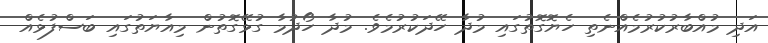
އަދި މުއްބާރުކުރުމެއްނެތި ހެޔޮގޮތުގައި މުދާ ހޭދަކުރުމެވެ. މުދާ ހޯދުމާ ގުޅޭގޮތުން މިއާޔަތުގައި ބަސްފުޅެއް